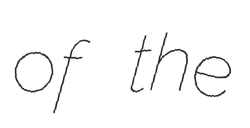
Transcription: of the